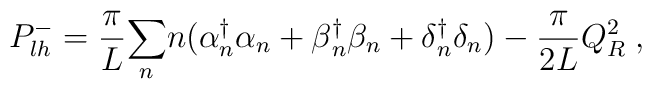
P^-_{lh} = {\pi \over L } {\sum_n} n (\alpha{_n ^\dagger} \alpha_n +\beta{_n^\dagger} \beta_n + \delta{_n ^\dagger}\delta_n ) - {\pi \over2L} Q_R^2\; ,